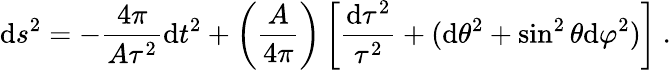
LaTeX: \mathrm{d}s^{2}=-{\frac{{4\pi}}{{A\tau^{2}}}}\mathrm{d}t^{2}+\left({\frac{{A}}{{4\pi}}}\right)\left[{\frac{{\mathrm{d}\tau^{2}}}{{\tau^{2}}}}+(\mathrm{d}\theta^{2}+\sin^{2}\theta\mathrm{d}\varphi^{2})\right]\ .